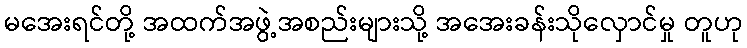
မအေးရင်တို့ အထက်အဖွဲ့အစည်းများသို့ အအေးခန်းသိုလှောင်မှု တူဟု